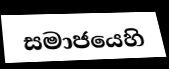
සමාජයෙහි